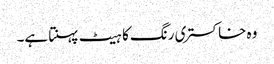
وہ خاکستری رنگ کا ہیٹ پہنتا ہے۔